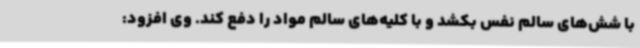
با شش‌های سالم نفس بکشد و با کلیه‌های سالم مواد را دفع کند. وی افزود: